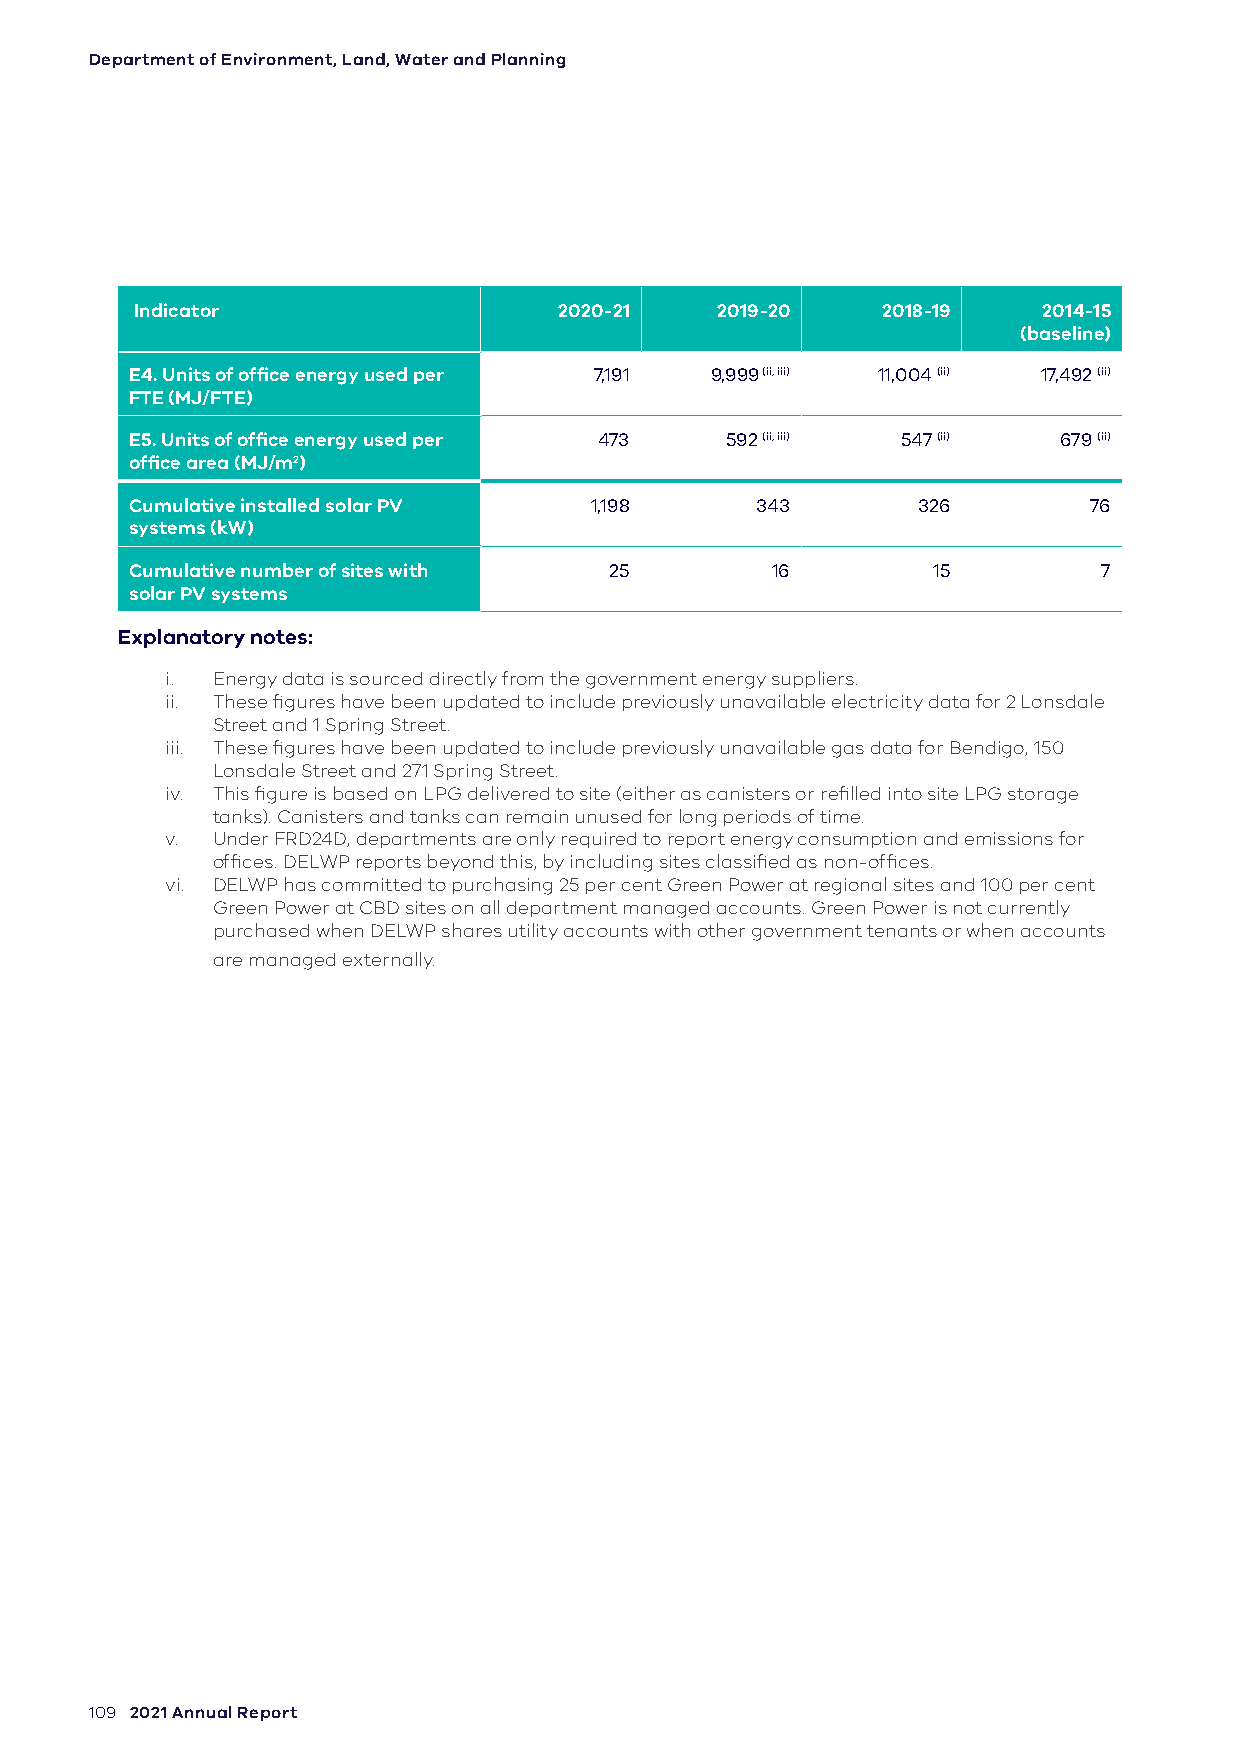
Department of Environment, Land, Water and Planning
 Indicator                   2020-21   2019-20    2018-19    2014-15
 (baseline)
 E4. Units of office energy used per 7,191 9,999 (ii, iii) 11,004 (ii) 17,492 (ii)
 FTE (MJ/FTE)
 E5. Units of office energy used per 473 592 (ii, iii) 547 (ii) 679 (ii)
 office area (MJ/m2)
 Cumulative installed solar PV 1,198      343        326        76
 systems (kW)
 Cumulative number of sites with 25        16         15         7
 solar PV systems
 Explanatory notes:
 i. Energy data is sourced directly from the government energy suppliers.
 ii. These figures have been updated to include previously unavailable electricity data for 2 Lonsdale
 Street and 1 Spring Street.
 iii. These figures have been updated to include previously unavailable gas data for Bendigo, 150
 Lonsdale Street and 271 Spring Street.
 iv. This figure is based on LPG delivered to site (either as canisters or refilled into site LPG storage
 tanks). Canisters and tanks can remain unused for long periods of time.
 v. Under FRD24D, departments are only required to report energy consumption and emissions for
 offices. DELWP reports beyond this, by including sites classified as non-offices.
 vi. DELWP has committed to purchasing 25 per cent Green Power at regional sites and 100 per cent
 Green Power at CBD sites on all department managed accounts. Green Power is not currently
 purchased when DELWP shares utility accounts with other government tenants or when accounts
 are managed externally.
 109 2021 Annual Report